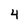
Character: 4